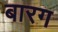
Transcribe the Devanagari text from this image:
बारग